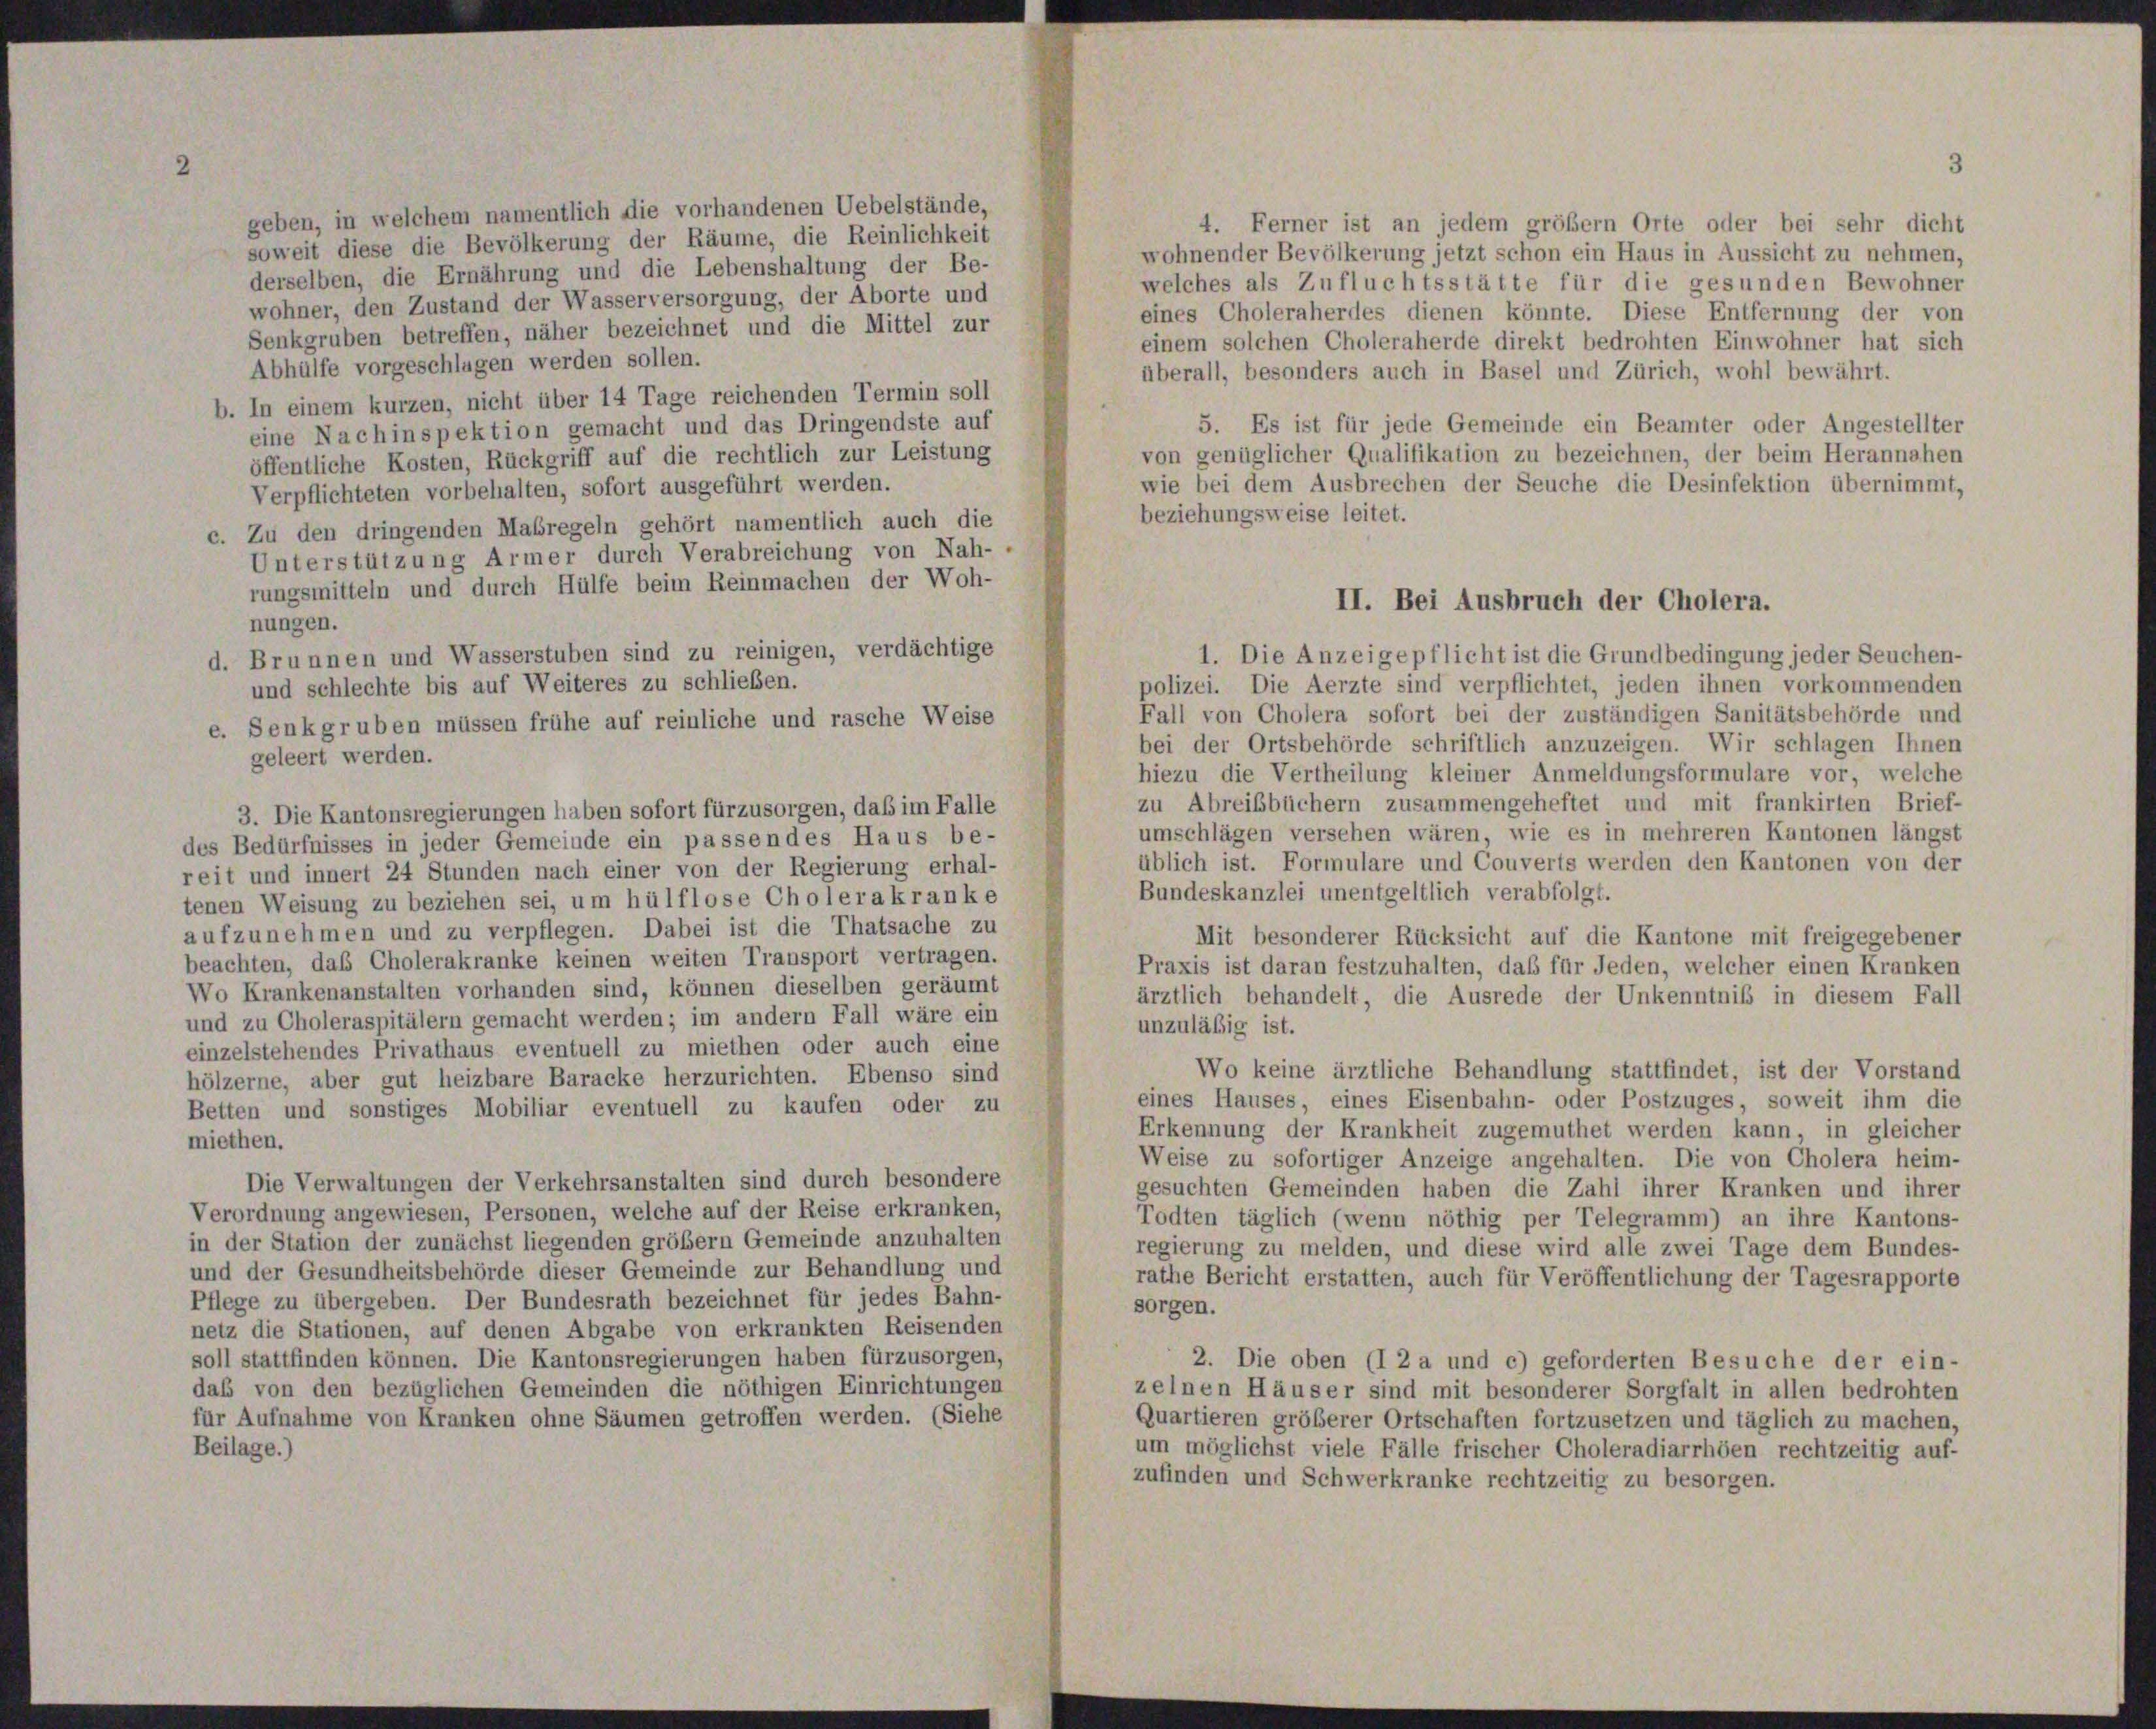
geben, in welchem namentlich die vorhandenen Uebelstände,
4. Ferner ist an jedem größem Orte oder bei sehr dicht
soweit diese die Bevölkerung der Räume, die Reinlichkeit
wohnender Bevölkerung jetzt schon ein Haus in Aussicht zu nehmen,
derselben, die Ernährung und die Lebenshaltung der Be-
welches als Zufluchtsstätte für die gesunden Bewohner
wohner, den Zustand der Wasserversorgung, der Aborte und
eines Choleraherdes dienen könnte. Diese Entfernung der von
Senkgruben betreffen, näher bezeichnet und die Mittel zur
einem solchen Choleraherde direkt bedrohten Einwohner hat sich
Abhülfe vorgeschlagen werden sollen.
überall, besonders auch in Basel und Zürich, wohl bewährt.
b. In einem kurzen, nicht über 14 Tage reichenden Termin soll
5. Es ist für jede Gemeinde ein Beamter oder Angestellter
eine Nachinspektion gemacht und das Dringendste auf
von genüglicher Qualifikation zu bezeichnen, der beim Herannahen
öffentliche Kosten, Rückgriff auf die rechtlich zur Leistung
wie bei dem Ausbrechen der Seuche die Desinfektion übernimmt,
Verpflichteten vorbehalten, sofort ausgeführt werden.
beziehungsweise leitet.
c. Zu den dringenden Maßregeln gehört namentlich auch die
Unterstützung Armer durch Verabreichung von Nah-
rungsmitteln und durch Hülfe beim Reinmachen der Woh-
nungen.
d. Brunnen und Wasserstuben sind zu reinigen, verdächtige
1. Die Anzeigepflicht ist die Grundbedingung jeder Seuchen-
polizei. Die Aerzte sind verpflichtet, jeden ihnen vorkommenden
und schlechte bis auf Weiteres zu schließen.
Fall von Cholera sofort bei der zuständigen Sanitätsbehörde und
e. Senkgruben müssen frühe auf reinliche und rasche Weise
bei der Ortsbehörde schriftlich anzuzeigen. Wir schlagen Ihnen
geleert werden.
hiezu die Vertheilung kleiner Anmeldungsformulare vor, welche
zu Abreisbüchern zusammengeheftet und mit frankirten Brief-
3. Die Kantonsregierungen haben sofort fürzusorgen, daß im Falle
umschlägen versehen wären, wie es in mehreren Kantonen längst
des Bedürfnisses in jeder Gemeinde ein passendes Haus be-
üblich ist. Formulare und Couverts werden den Kantonen von der
reit und innert 24 Stunden nach einer von der Regierung erhal-
Bundeskanzlei unentgeltlich verabfolgt.
tenen Weisung zu beziehen sei, um hülflose Cholerakranke
aufzunehmen und zu verpflegen. Dabei ist die Thatsache zu
Mit besonderer Rücksicht auf die Kantone mit freigegebener
beachten, das Cholerakranke keinen weiten Transport vertragen.
Praxis ist daran festzuhalten, daß für Jeden, welcher einen Kranken
Wo Krankenanstalten vorhanden sind, können dieselben geräumt
ärztlich behandelt, die Ausrede der Unkenntniß in diesem Fall
und zu Choleraspitälern gemacht werden; im andern Fall wäre ein
unzuläßig ist.
einzelstehendes Privathaus eventuell zu miethen oder auch eine
Wo keine ärztliche Behandlung stattfindet, ist der Vorstand
hölzerne, aber gut heizbare Baracke herzurichten. Ebenso sind
eines Hauses, eines Eisenbahn- oder Postzuges, soweit ihm die
Betten und sonstiges Mobiliar eventuell zu kaufen oder zu
Erkennung der Krankheit zugemuthet werden kann, in gleicher
miethen.
Weise zu sofortiger Anzeige angehalten. Die von Cholera heim-
Die Verwaltungen der Verkehrsanstalten sind durch besondere
gesuchten Gemeinden haben die Zahl ihrer Kranken und ihrer
Verordnung angewiesen, Personen, welche auf der Reise erkranken,
Todten täglich (wenn nöthig per Telegramm) an ihre Kantons-
in der Station der zunächst liegenden größer Gemeinde anzuhalten
regierung zu melden, und diese wird alle zwei Tage dem Bundes-
und der Gesundheitsbehörde dieser Gemeinde zur Behandlung und
rathe Bericht erstatten, auch für Veröffentlichung der Tagesrapporte
Pflege zu übergeben. Der Bundesrath bezeichnet für jedes Bahn-
sorgen.
netz die Stationen, auf denen Abgabe von erkrankten Reisenden
soll stattfinden können. Die Kantonsregierungen haben fürzusorgen,
2. Die oben (I 2 a und c) geforderten Besuche der ein-
daß von den bezüglichen Gemeinden die nöthigen Einrichtungen
zelnen Häuser sind mit besonderer Sorgfalt in allen bedrohten
für Aufnahme von Kranken ohne Säumen getroffen werden. (Siehe
Quartieren größerer Ortschaften fortzusetzen und täglich zu machen,
Beilage.)
um möglichst viele Fälle frischer Choleradiarrhöen rechtzeitig auf-
zufinden und Schwerkranke rechtzeitig zu besorgen.

II. Bei Ausbruch der Cholera.